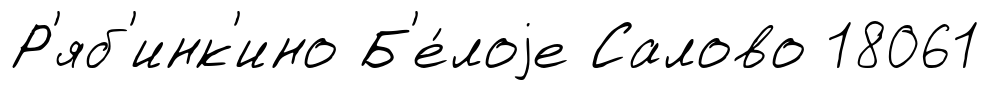
Р'яб'инк'ино Б'е́лоjе Салово 18061